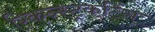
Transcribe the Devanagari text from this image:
रिकन्स्ट्रकटिंग